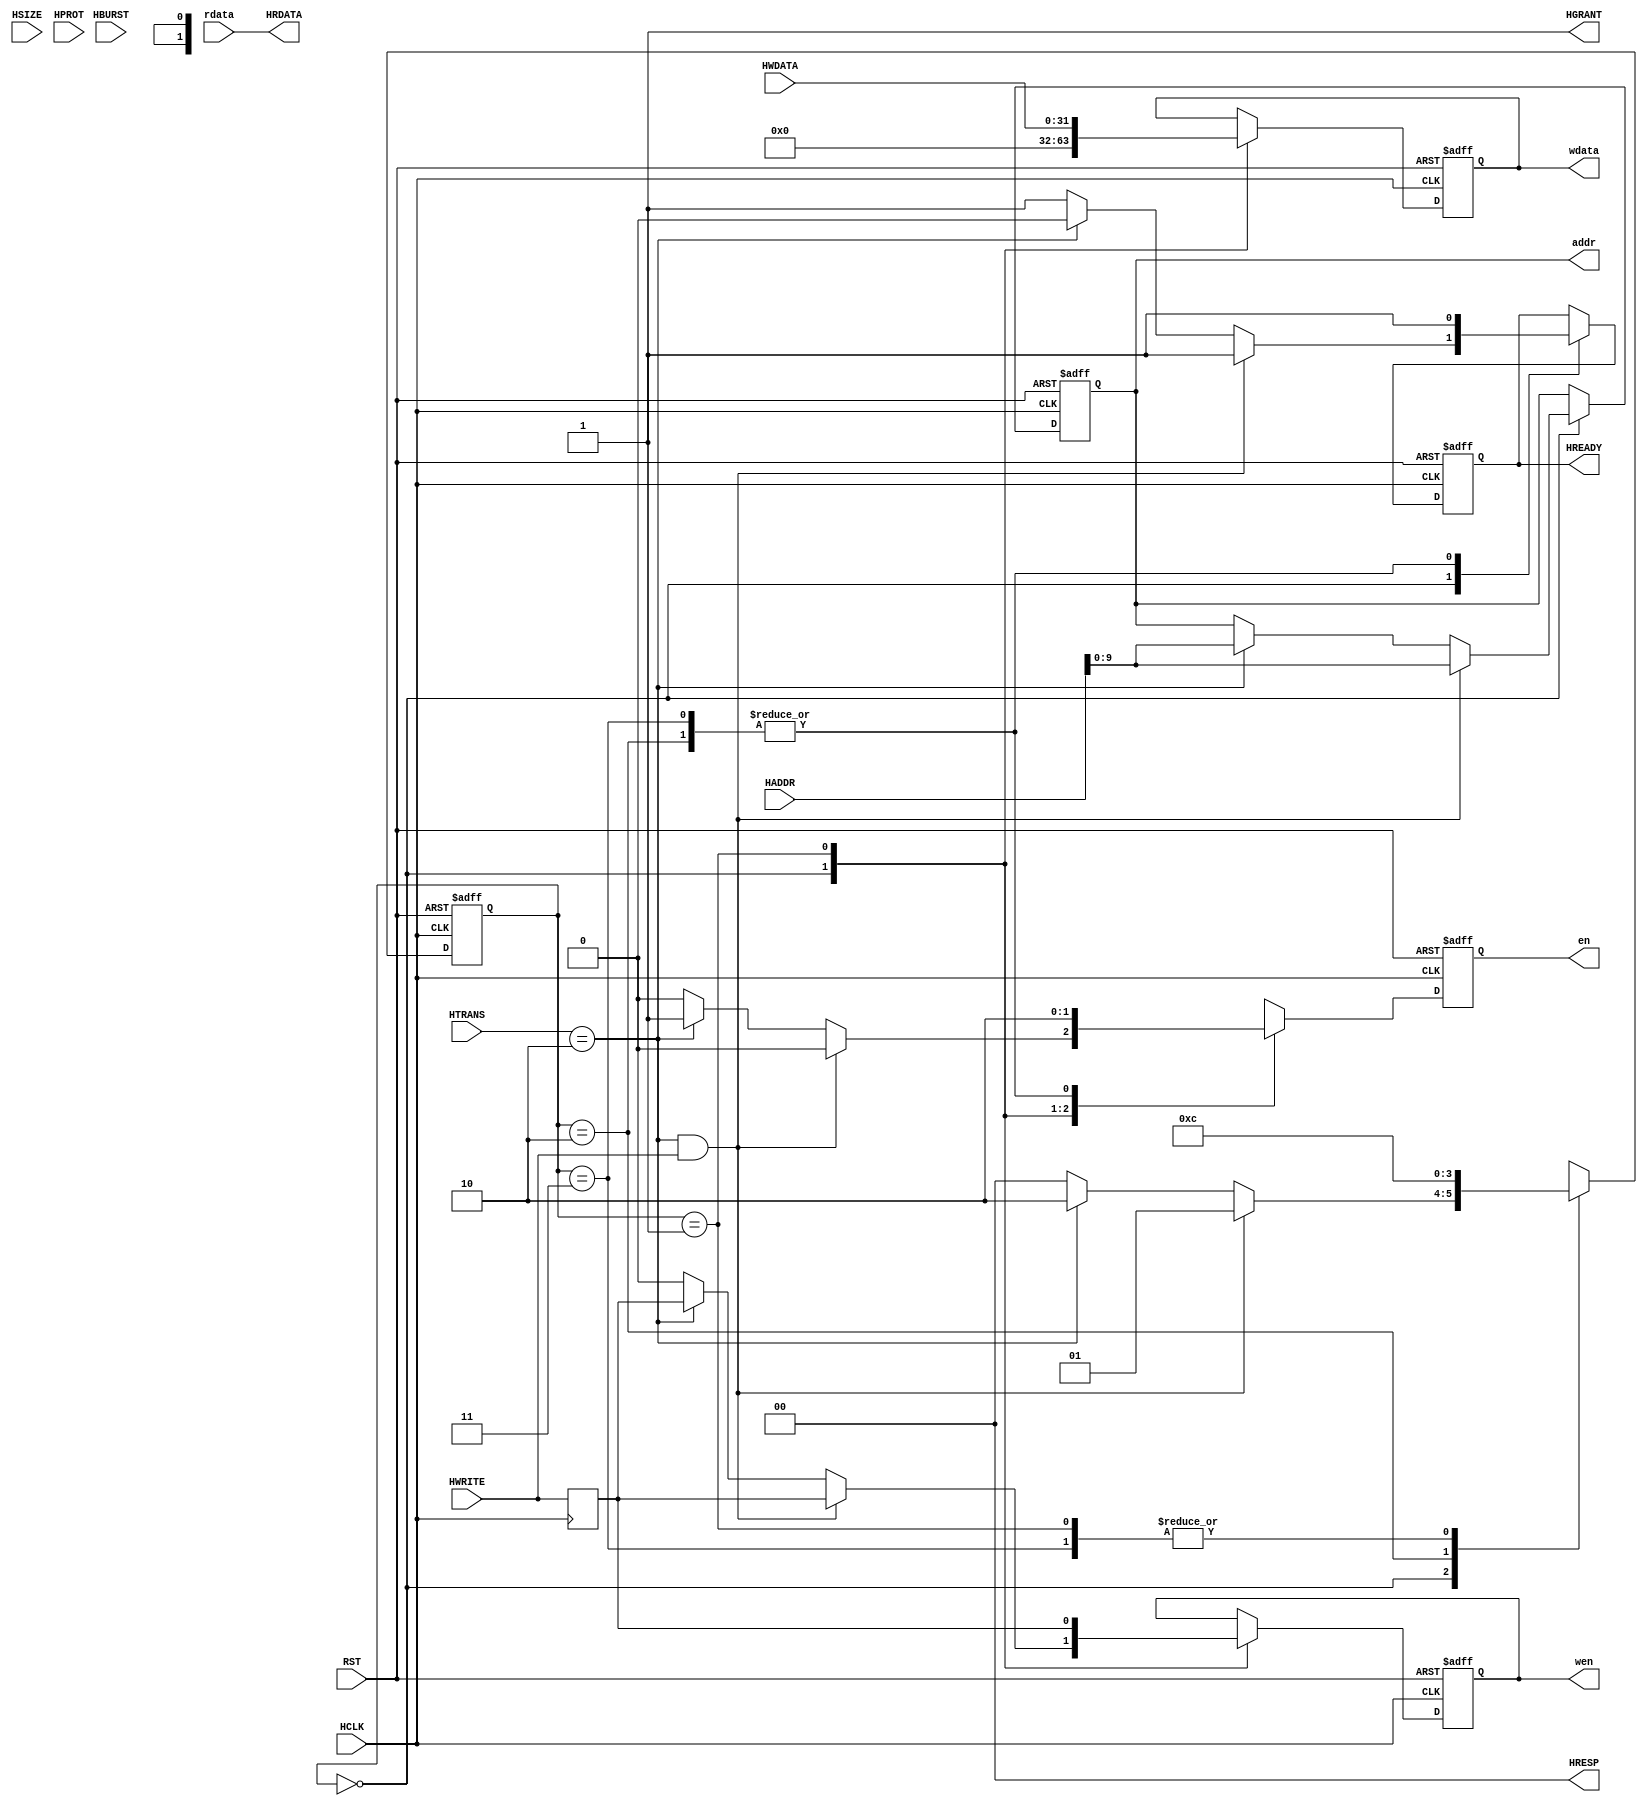
`timescale 1ns/1ns

module FE_16JHSONG_AHB_IF(
		input              HCLK,
		input              RST,
        input       [31:0] HADDR,
		input       [ 1:0] HTRANS,
		input              HWRITE,
		input       [ 2:0] HBURST,
		input       [ 2:0] HSIZE,
		input       [31:0] HWDATA,
		input       [ 3:0] HPROT,
	    output wire        HGRANT,
		output wire [31:0] HRDATA,
		output reg         HREADY,
		output wire [ 1:0] HRESP,
		input       [31:0] rdata,
		output reg  [ 9:0] addr,
		output reg         wen,
		output reg         en,
		output reg  [31:0] wdata);

	localparam ST_IDLE = 0, ST_WRITE =1, ST_READ0 =2, ST_READ1 = 3;
	reg [1:0] state;
	reg       reg_write;

	assign HRESP = 2'b00;
	assign HGRANT = 1; 

	always@(posedge HCLK) begin
		reg_write <= HWRITE;
	end							  

	always@(posedge HCLK or negedge RST) begin
		if(!RST) begin state <= ST_IDLE;
			en <= 0;
			wen <= 0;
			addr <= 0;
			wdata <= 0;
			HREADY <= 1; end
	    else 
	        case(state) 
	        ST_IDLE : begin
			    HREADY <= 1;
			    wdata <= 0;
			    en <= 0;
			    wen <= 0;	
			    if((HTRANS == 2'b10) && HWRITE) begin 
     			    state <= ST_WRITE;
			  	    en <= 0;
				    wen <= reg_write;
				    addr <= HADDR[9:0]; end
			    else if(HTRANS == 2'b10) begin
    			    state <= ST_READ0;
				    en <= 1;
				    addr <= HADDR[9:0];
				    wen <= reg_write/*0*/;
				    HREADY <= 0; end
			    else
    			    state <= ST_IDLE;
			end
			ST_WRITE : begin
			    en <= 1;
				wen <= reg_write;
				state <= ST_IDLE; 
				wdata <= HWDATA;
			end
			ST_READ0 : begin
			    en <= 0;
			    state <= ST_READ1;
			    HREADY<=1; 
			end
			ST_READ1 : begin
			    en <=0;
				state <= ST_IDLE;
				HREADY<=1;
			end
			default : state <= ST_IDLE;
		    endcase
	end	

	assign HRDATA = rdata;

endmodule